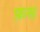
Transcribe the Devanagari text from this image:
फ़स